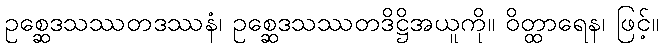
ဥစ္ဆေဒသဿတဒဿနံ၊ ဥစ္ဆေဒသဿတဒိဋ္ဌိအယူကို။ ဝိတ္ထာရေန၊ ဖြင့်။